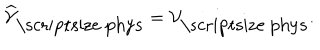
\widehat { \cal V } _ { \mathrm { \scriptsize ~ p h y s } } = { \cal V } _ { \mathrm { \scriptsize ~ p h y s } } .